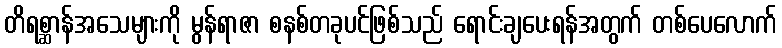
တိရစ္ဆာန်အသေများကို မွန်ရာဇာ စနစ်တခုပင်ဖြစ်သည် ရောင်းချပေးရန်အတွက် တစ်ပေလောက်